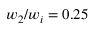
w _ { 2 } / w _ { i } = 0 . 2 5